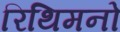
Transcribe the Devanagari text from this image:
रिथिमनो